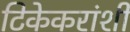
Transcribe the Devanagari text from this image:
टिकेकरांशी